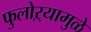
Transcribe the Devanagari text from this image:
फुलोऱ्यामुळे